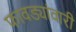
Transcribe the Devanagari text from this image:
फावड्यांवारी